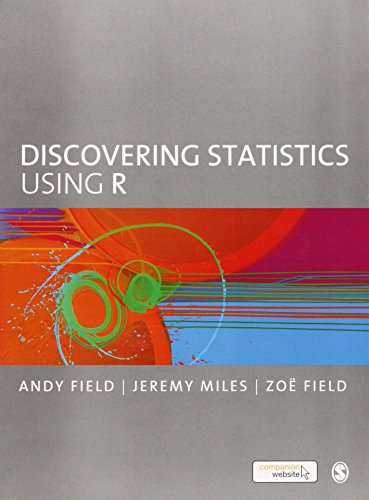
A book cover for Discovering Statistics Using R; Andy Field; Computers & Technology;